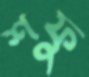
শফু